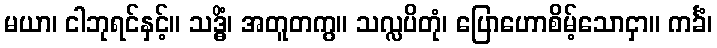
မယာ၊ ငါဘုရင်နှင့်။ သဒ္ဓိံ၊ အတူတကွ။ သလ္လပိတုံ၊ ပြောဟောစိမ့်သောငှာ။ ကင်္ခံ၊